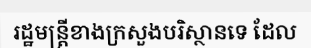
រដ្ឋមន្ត្រីខាងក្រសួងបរិស្ថានទេ ដែល